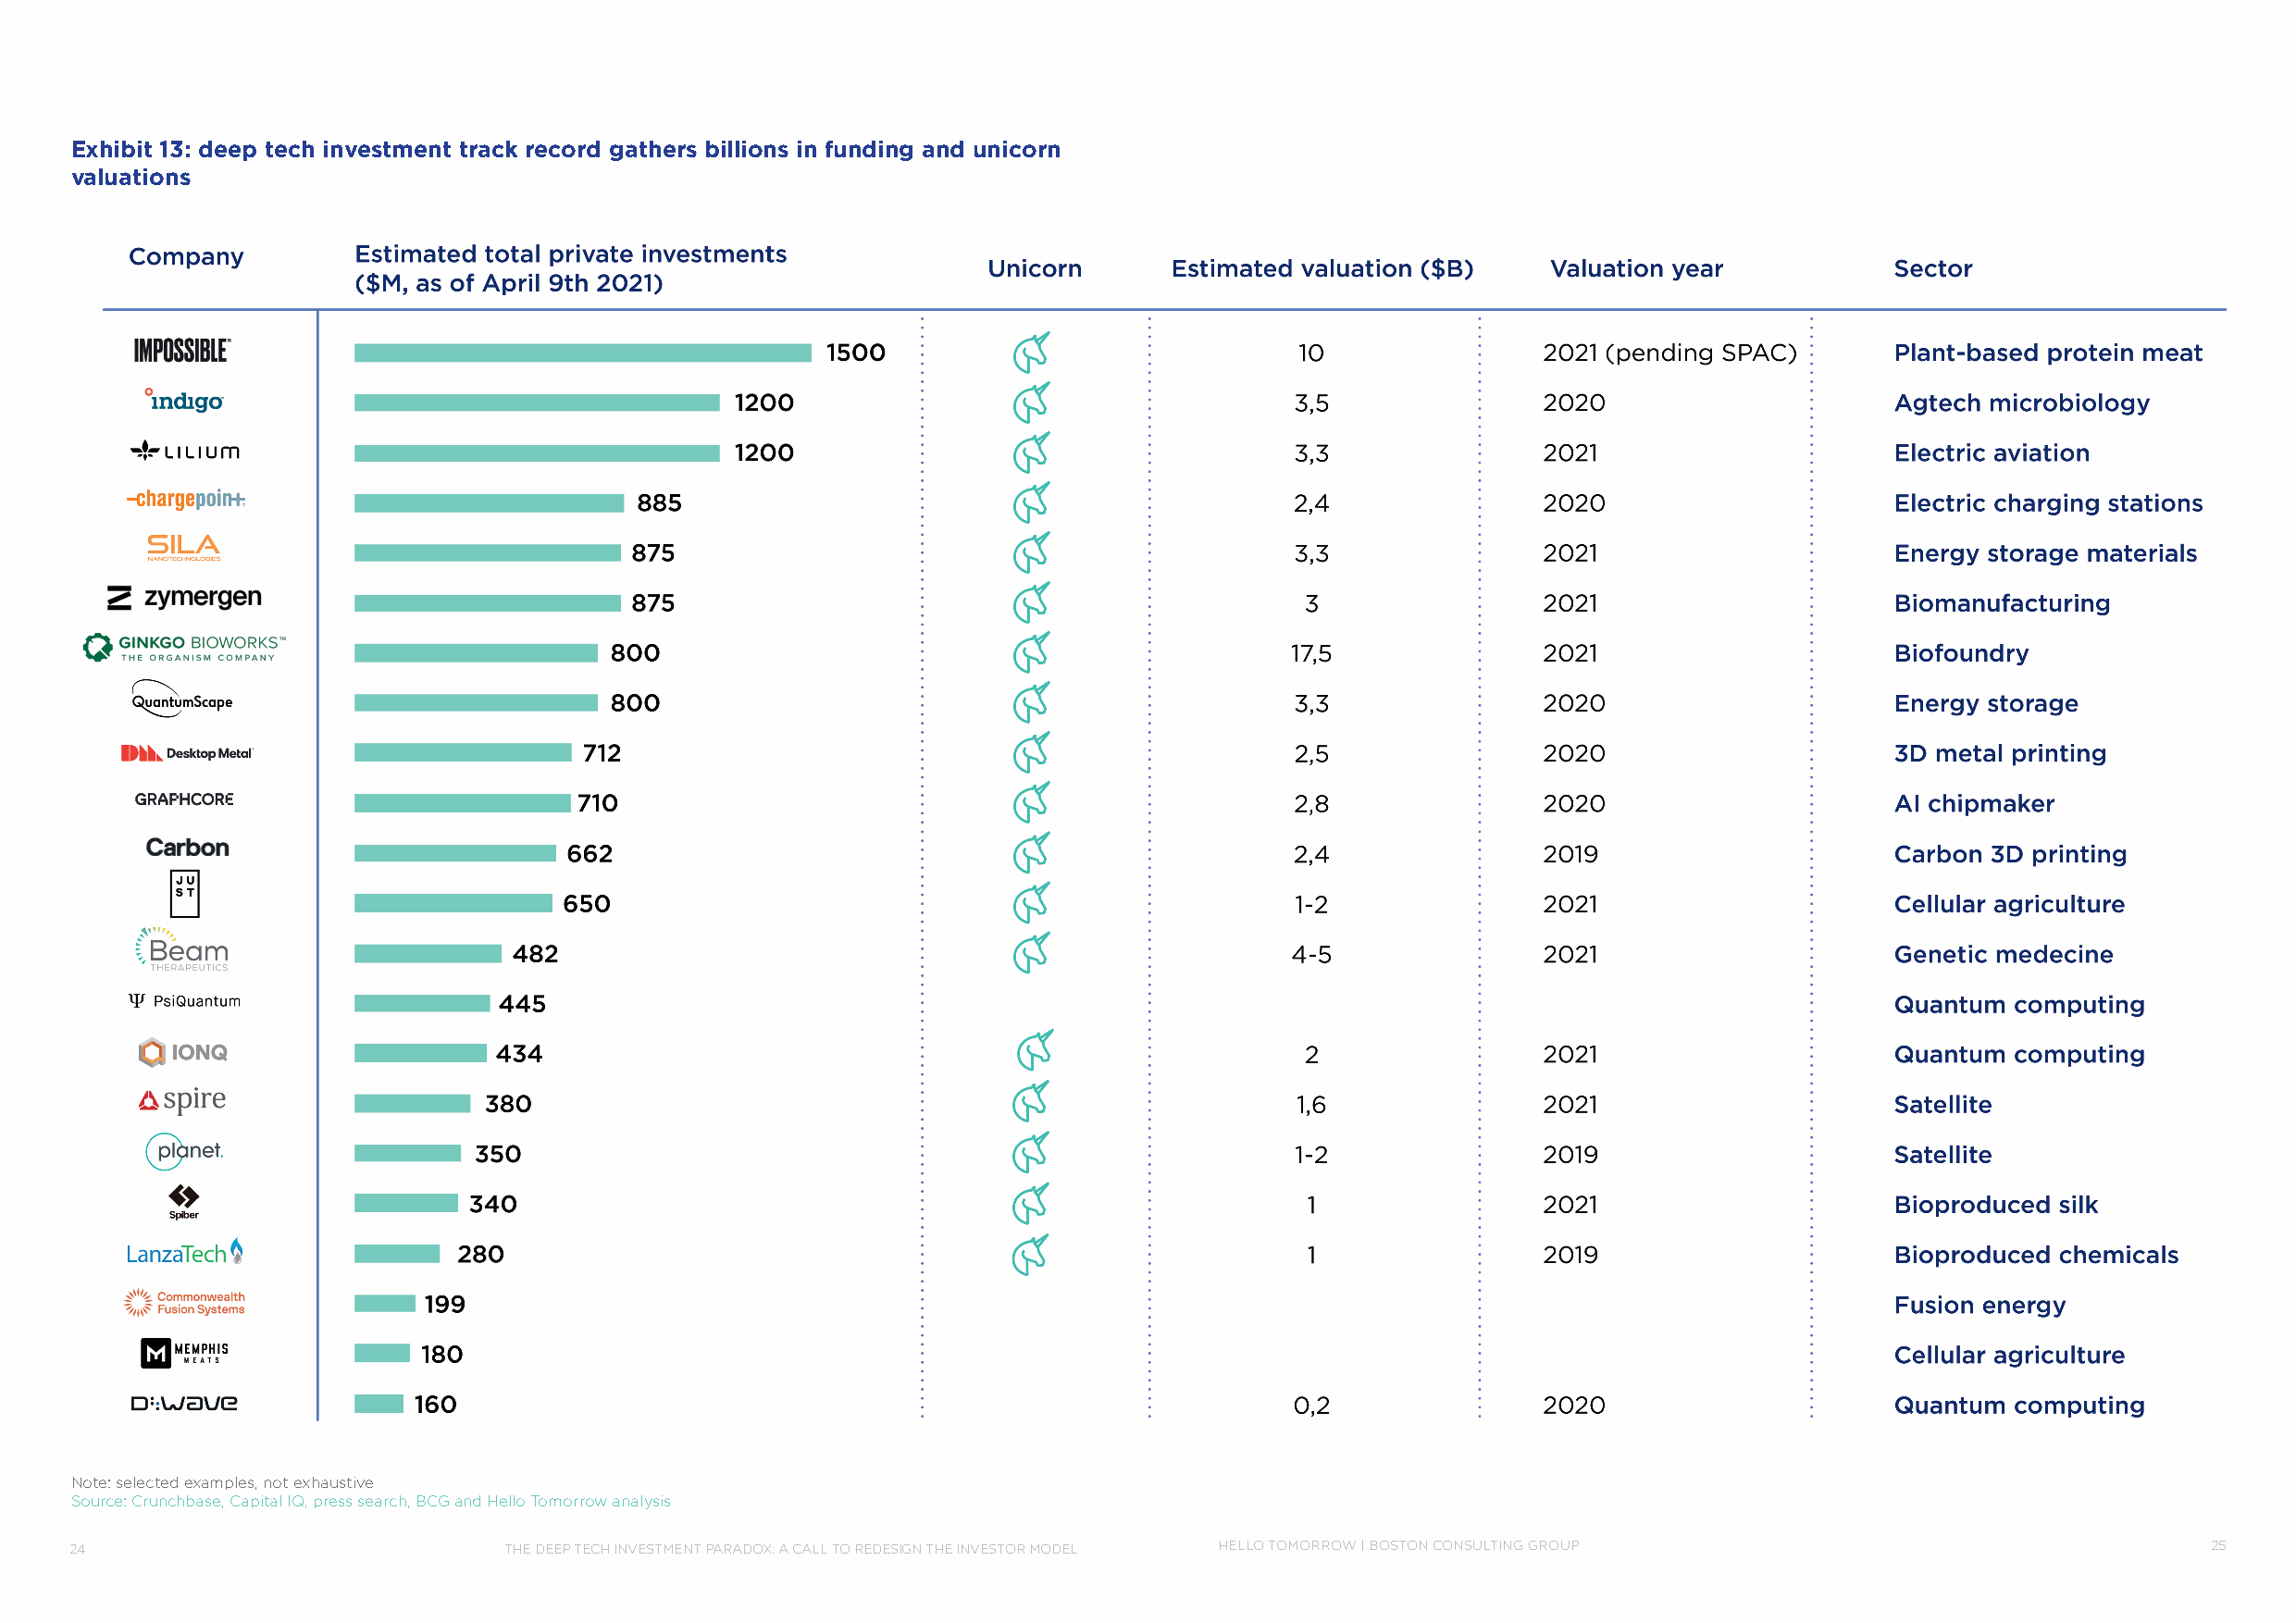
Exhibit 13: deep tech investment track record gathers billions in funding and unicorn
 valuations
 Note: selected examples, not exhaustive
 Source: Crunchbase, Capital IQ, press search, BCG and Hello Tomorrow analysis
 24                             THE DEEP TECH INVESTMENT PARADOX: A CALL TO REDESIGN THE INVESTOR MODEL HELLO TOMORROW | BOSTON CONSULTING GROUP          25